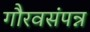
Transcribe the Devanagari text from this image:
गौरवसंपन्न